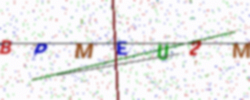
Text: BPMEU2M